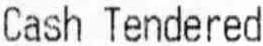
CASH TENDERED